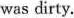
was dirty.